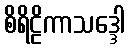
စိရိဠိကာသဒ္ဒေါ